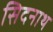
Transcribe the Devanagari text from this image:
सिदनाथ